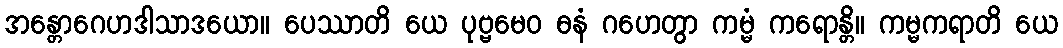
အန္တောဂေဟဒါသာဒယော။ ပေဿာတိ ယေ ပုဗ္ဗမေဝ ဓနံ ဂဟေတွာ ကမ္မံ ကရောန္တိ။ ကမ္မကရာတိ ယေ